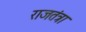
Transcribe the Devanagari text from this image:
राजतंत्रा